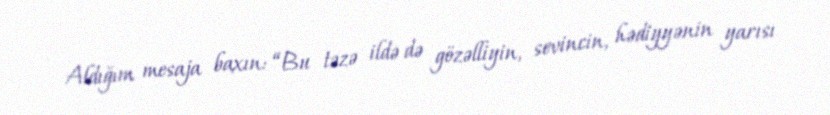
Aldığım mesaja baxın: “Bu təzə ildə də gözəlliyin, sevincin, hədiyyənin yarısı